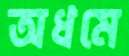
অধমে